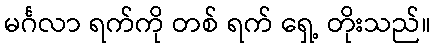
မင်္ဂလာ ရက်ကို တစ် ရက် ရှေ့ တိုးသည်။